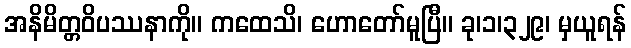
အနိမိတ္တဝိပဿနာကို။ ကထေသိ၊ ဟောတော်မူပြီ။ ခု၊၁၊၃၂၉၊ မှယူရန်